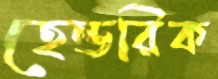
হেন্ডরিক